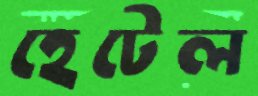
হেটেল